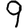
Digit: 9